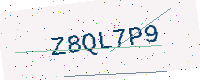
Text: Z8QL7P9